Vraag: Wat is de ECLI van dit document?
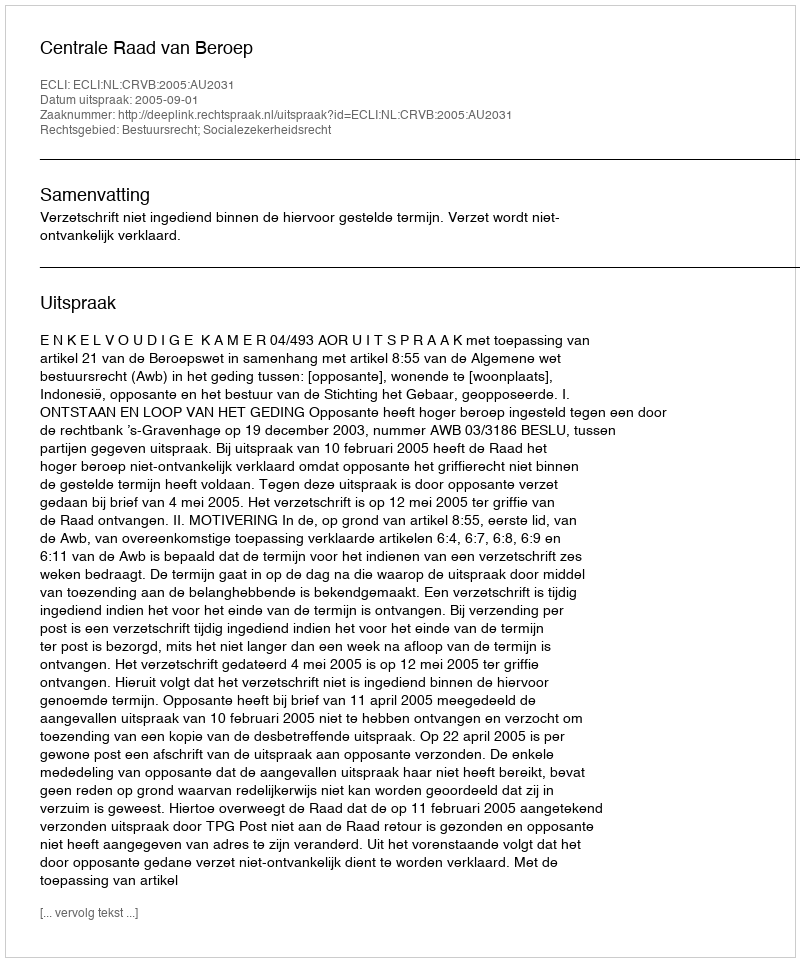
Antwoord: ECLI:NL:CRVB:2005:AU2031